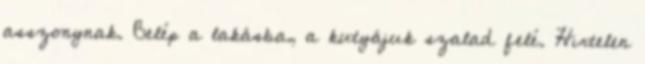
asszonynak. Belép a lakásba, a kutyájuk szalad felé. Hirtelen